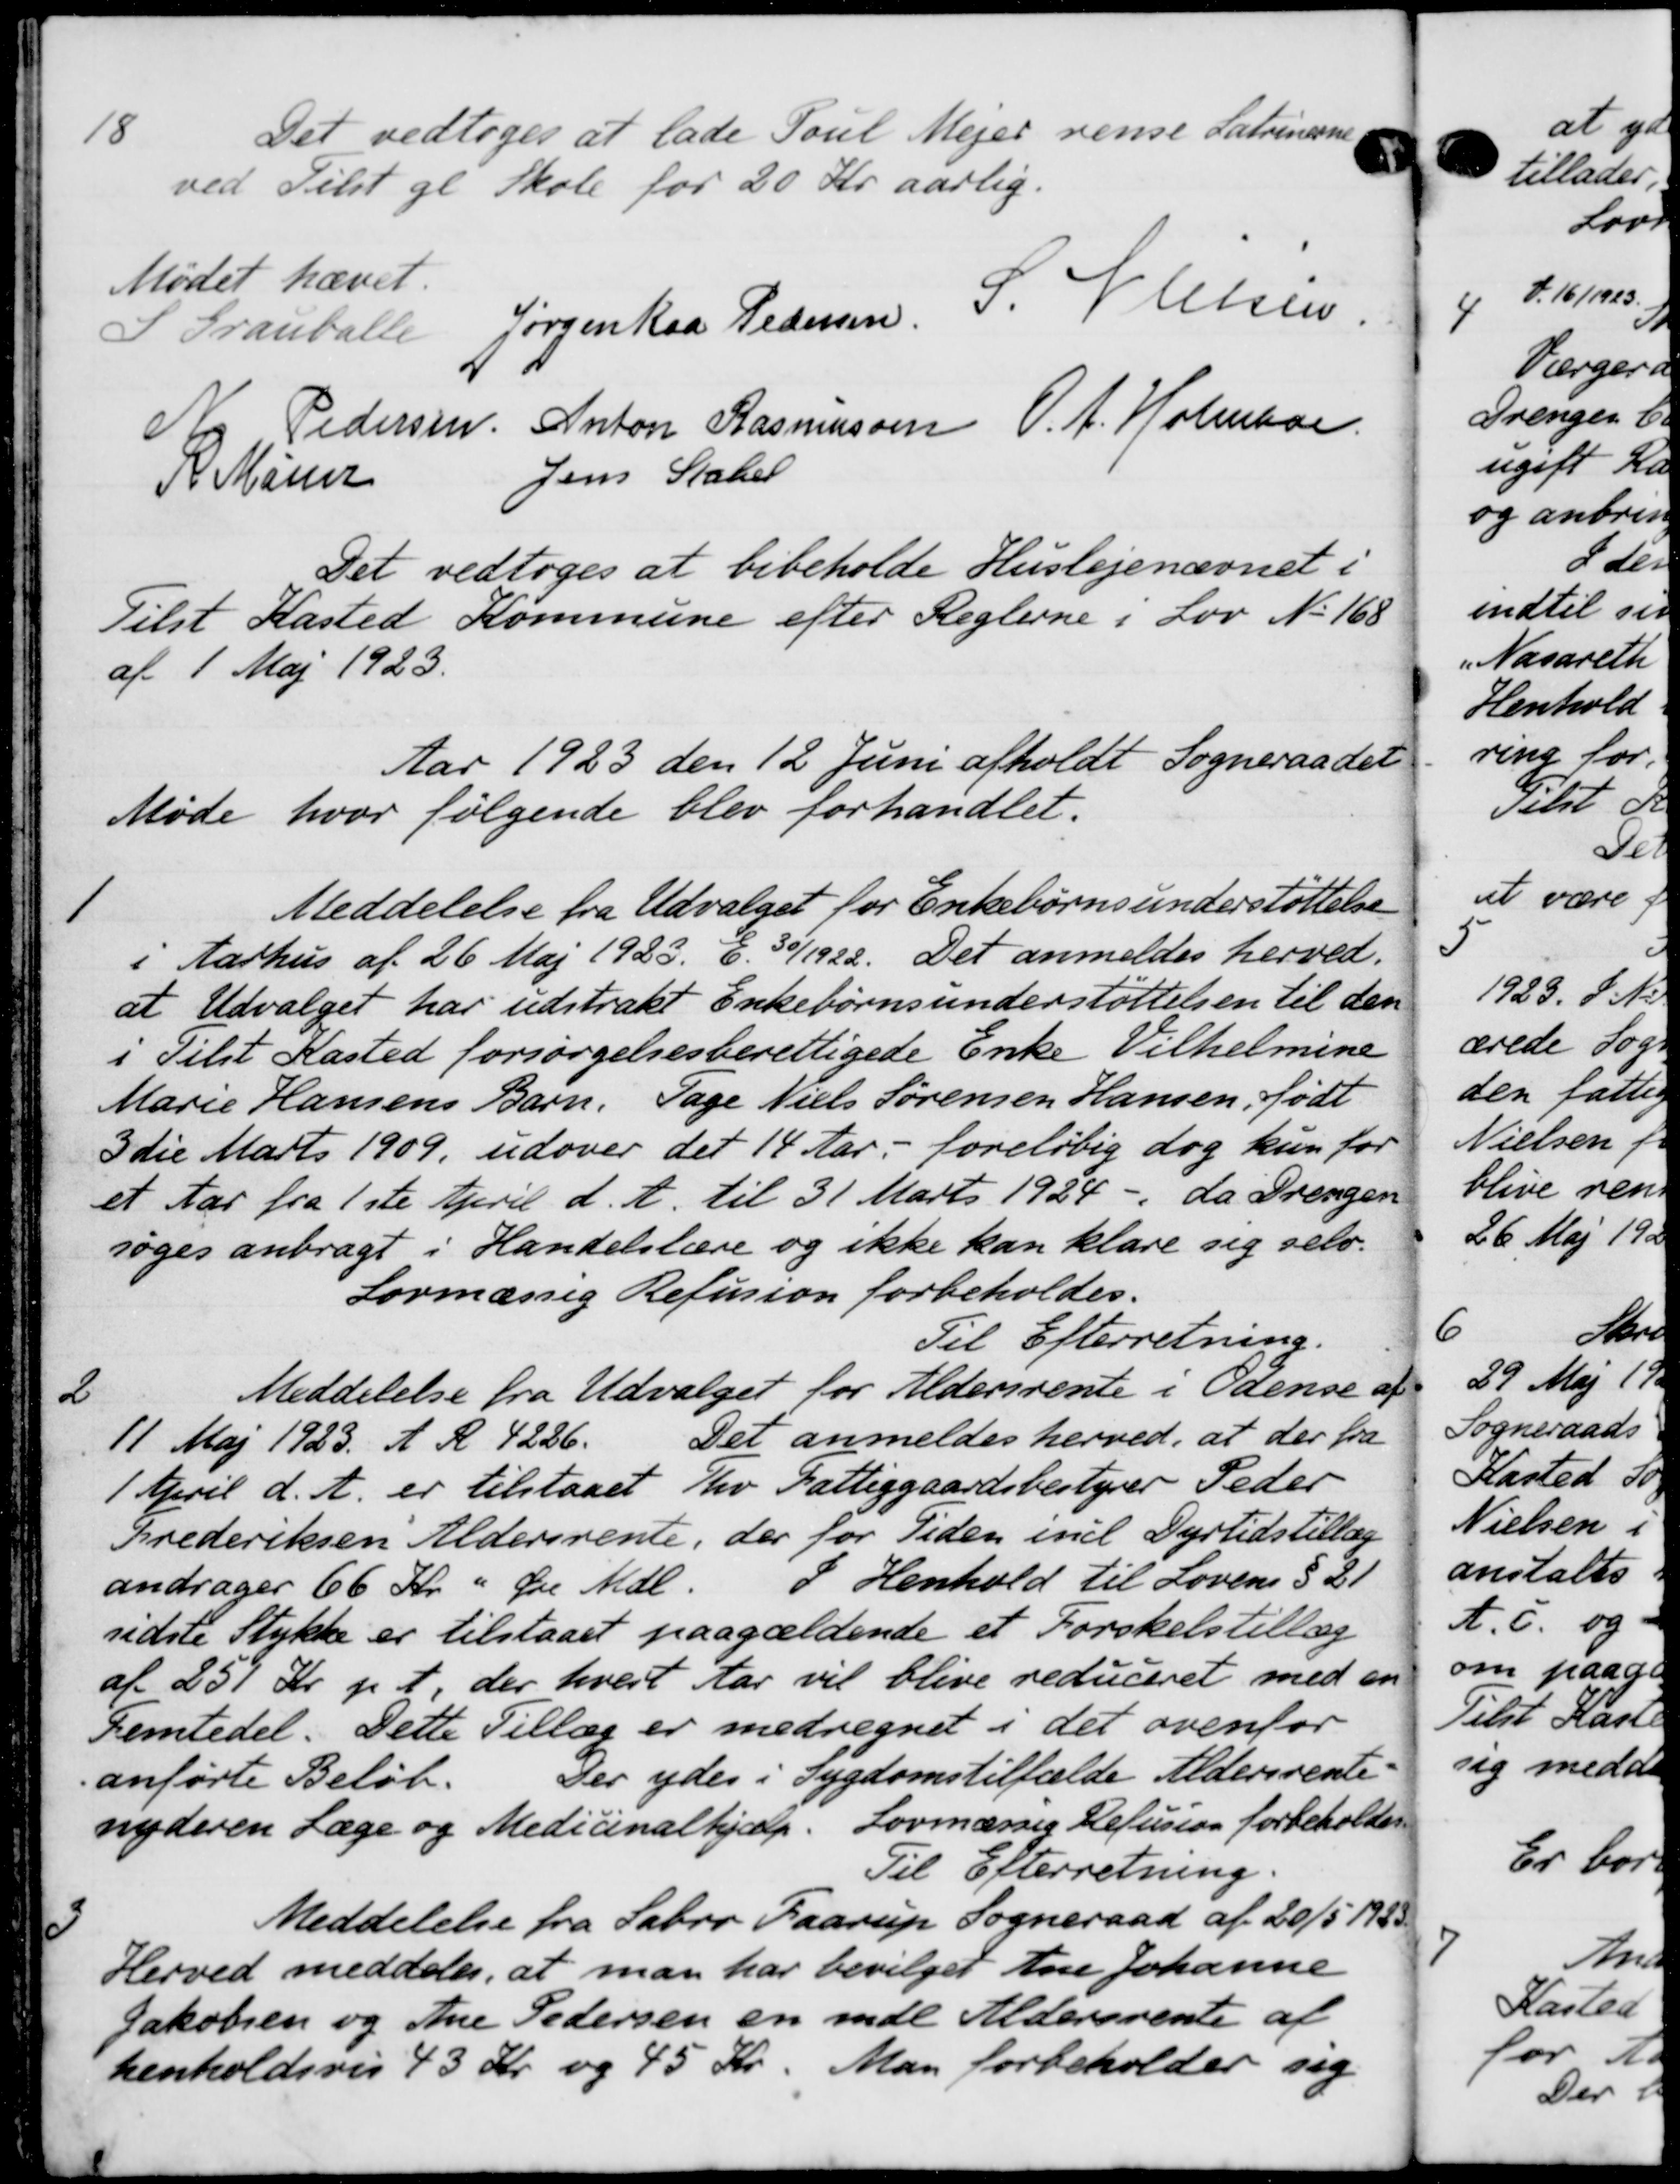
Transskription:
18
Det vedtoges at lade Poul Mejer rense Latrinerne,
ved Tilst gl Skole for 20 Kr aarlig.
Mødet hævet.
Trauballe Jørgen Kaa Pedersen. S. V. Olsen
Pedersen, Anton Rasmussen O. A. Holmaar
R Måner
Jens Stater
Det vedtoges at bibeholde Huslejenævnet i
Tilst Kasted Kommune efter Reglerne i Lov No 168
af 1 Maj 1923.
Aar 1923 den 12 Juni afholdt Sogneraadet
Møde hvor følgende blev forhandlet.

Meddelelse fra Udvalget for Enkebørnsunderstøttelse
i Aarhus af 26 Maj 1923. 6. 30/1922. Det anmeldes herved.
at Udvalget har udstrakt Enkebørnsunderstøttelsen til den
i Tilst Kasted forsørgelsesberettigede Enke Vilhelmine
Marie Hansens Barn. Tage Niels Sørensen Hansen, født
3 die Marts 1909, udover det 14 Aar, foreløbig dog kun for
et Aar fra 1ste April d. A. til 31 Marts 1924 - da Drengen
søges anbragt i Handelslære og ikke kan klare sig selv.
Lovmæssig Refusion forbeholdes.
Til Efterretning.
2
Meddelelse fra Udvalget for Aldersrente i Odense af
11 Maj 1923 d A 4226.
Det anmeldes herved, at der fra
1 April d. A. er tilstaaet Thv Fattiggaardsbestyrer Peder
Frederiksen Aldersrente, der for Tiden indl Dyrtidstillæg
andrager 66 Kr. i Øre mdl.
I Henhold til Lovens § 21
sidste Stykke er tilstaaet paagældende et Forskelstillæg
af 251 Kr p A, der hvert Aar vil blive reduceret med en
Femtedel. Dette Tillæg er medregnet i det ovenfor
anførte Beløb.
Der ydes i Sygdomstilfælde Aldersrente-
nyderen Læge og Medicinalhjælp. Lovmæssig Refusion forbeholder
Til Efterretning.

Meddelelse fra Sabro Faarup Sogneraad af 20/5 1933.
Herved meddeles, at man har bevilget Ane Johanne
Jakobsen og Ane Pedersen en inde Aldersrente af
henholdsvis 43 Kr. og 45 Kr. Man forbeholder sig